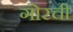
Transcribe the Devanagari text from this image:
गोरची